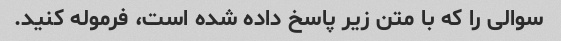
سوالی را که با متن زیر پاسخ داده شده است، فرموله کنید.